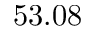
5 3 . 0 8